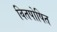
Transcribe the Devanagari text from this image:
वितपोषित